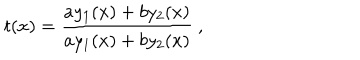
t ( x ) = \frac { a y _ { 1 } ( x ) + b y _ { 2 } ( x ) } { a y _ { 1 } ( x ) + b y _ { 2 } ( x ) } \ ,